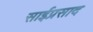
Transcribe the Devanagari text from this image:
साईप्रसाद